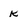
Character: k